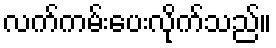
လက်ကမ်းပေးလိုက်သည်။